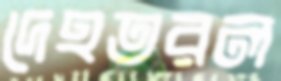
দেহতরল